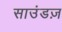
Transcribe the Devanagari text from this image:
साउंडज़